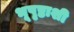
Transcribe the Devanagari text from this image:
भूपृष्ठाशी